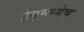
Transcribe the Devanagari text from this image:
ईयूमध्येच